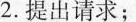
2.提出请求；